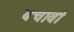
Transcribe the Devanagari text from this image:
बचावी